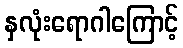
နှလုံးရောဂါကြောင့်